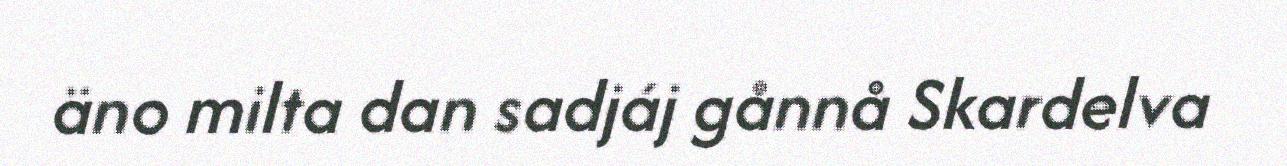
äno milta dan sadjáj gånnå Skardelva